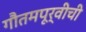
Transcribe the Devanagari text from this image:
गौतमपूर्वीची